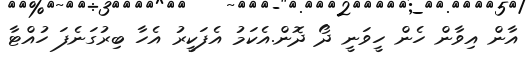
އާން އިވާން ހެން ހީވަނީ ދޯ ދޮން.އެކަމު އެފަކީރު އެހާ ބިރުގަނެފަ ހުއްޓާ